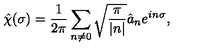
\hat { \chi } ( \sigma ) = \frac { 1 } { 2 \pi } \sum _ { n \ne 0 } \sqrt { \frac { \pi } { | n | } } \hat { a } _ { n } e ^ { i n \sigma } ,